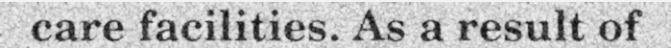
care facilities. As a result of